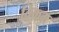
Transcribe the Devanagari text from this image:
विकम